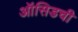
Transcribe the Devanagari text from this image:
ऑसिडची